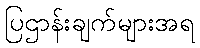
ပြဌာန်းချက်များအရ